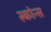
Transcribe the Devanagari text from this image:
स्कोन्स